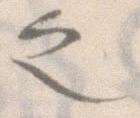
之